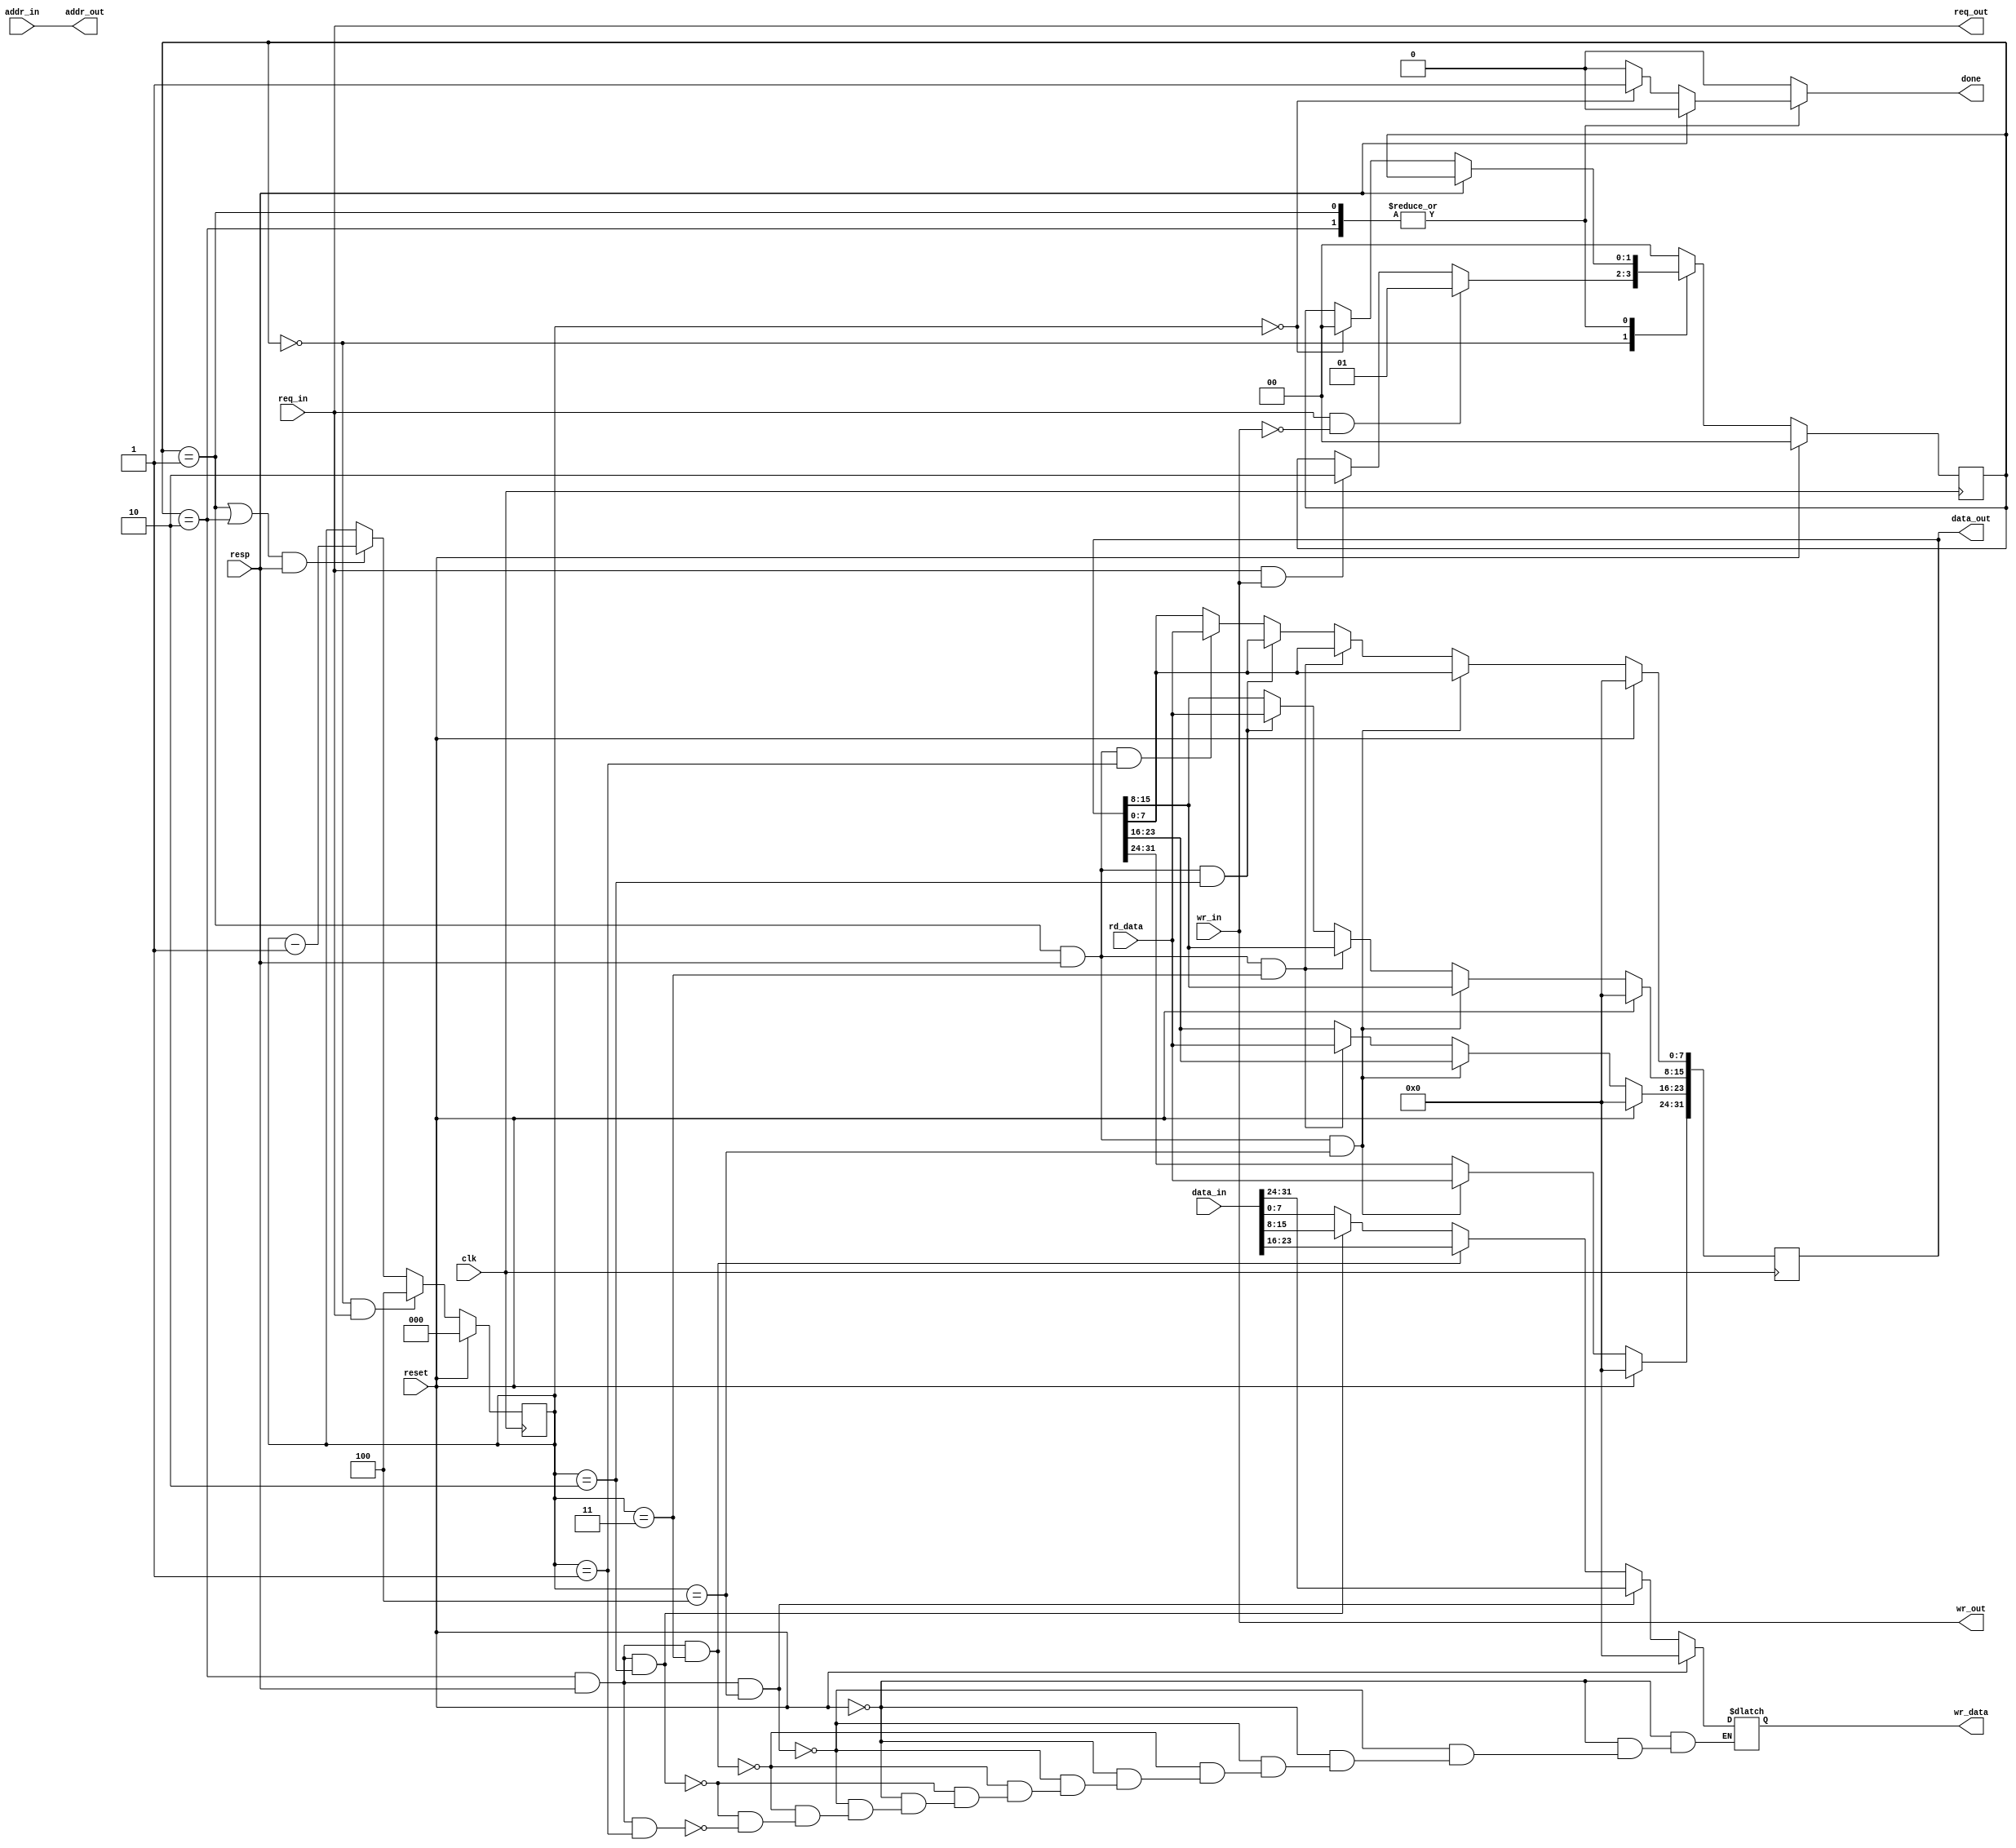
module client(clk, 
	      reset, 
	      wr_in,
  	      wr_out, 
              //size_in, 
              //size_out,
              resp, 
              addr_in, 
              addr_out, 
              data_in, 
              data_out,
              rd_data,
              wr_data,
              done,
              req_in, 
              req_out);

input clk, reset, wr_in, req_in, resp;
input [31:0] addr_in, data_in;
input [7:0] rd_data;
//input [2:0] size_in;

output reg done;
output reg [7:0] wr_data;
output reg [31:0] data_out;
output req_out;
output [31:0] addr_out;
output wr_out;


reg [2:0] cnt; 
reg [1:0] curr_state, next_state;

/*   write operation => wr=1
 *   read operation =>wr=0
 *   address 8 bit or 256 locations => addr
 *   done => the required byte of read data is available
 *   8 bit write data => data_in
 *   8 bit read data => data_out
 *   request from testbench => req_in
 *   request size from testbench => size_in
 *   request size to server => size_out
 *   request to the server  => req_out
 *   clk => clk
 *   reset */

assign req_out =  req_in;
assign addr_out = addr_in;
assign wr_out = wr_in;

always@(posedge clk) begin
  if(reset == 1)
    curr_state <= 0;
  else
    curr_state <= next_state;
end

always@(*) begin
  case(curr_state)
    //Wait req
    0: begin
      if(req_in == 1 && wr_in == 0)
        next_state = 1;
      else if (req_in == 1 && wr_in ==1)
        next_state = 2;
      else
        next_state =  curr_state;
      done = 0;
    end
    //read
    1: begin
      if(resp == 1) begin
        next_state = curr_state;
        done = 0;
      end
      else if(cnt == 0) begin
        next_state = 0;
        done = 1;
      end
      else begin
        next_state = curr_state;
        done = 0;
      end
    end
    //write
    2: begin
      if(resp == 1) begin
        next_state = curr_state;
        done = 0;
      end
      else if(cnt == 0) begin
        next_state = 0;
        done = 1;
      end
      else begin
        next_state = curr_state;
        done = 0;
      end
    end
    default: begin
      next_state = 0;
      done = 0;
    end
  endcase
end

//read/wr counter
always@(posedge clk) begin
  if(reset == 1)
    cnt <= 0;
  else if(curr_state == 0 && req_in == 1)
    //cnt <= size_in-1;
    cnt <= 4;
  else if((curr_state == 1 || curr_state == 2) && resp == 1)
    cnt <= cnt - 1;
end

//READ
always@(posedge clk) begin
  if(reset)
    data_out <= 0;
  else if(curr_state == 1 && resp == 1 && cnt == 4)
    data_out[31:24] <= rd_data;
  else if(curr_state == 1 && resp == 1 && cnt == 3)
    data_out[23:16] <= rd_data;
  else if(curr_state == 1 && resp == 1 && cnt == 2)
    data_out[15:8] <= rd_data;
  else if(curr_state == 1 && resp == 1 && cnt == 1)
    data_out[7:0] <= rd_data;
end

//WRITE
always@(*) begin
  if(reset == 1)
    wr_data<= 0;
  else if(curr_state == 2 && resp == 1 && cnt == 4)
    wr_data = data_in[31:24];
  else if(curr_state == 2 && resp == 1 && cnt == 3)
    wr_data = data_in[23:16];
  else if(curr_state == 2 && resp == 1 && cnt == 2)
    wr_data = data_in[15:8];
  else if(curr_state == 2 && resp == 1 && cnt == 1)
    wr_data = data_in[7:0];
end
endmodule